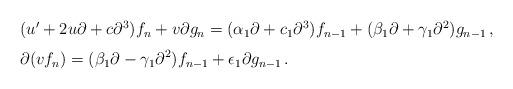
LaTeX: \begin{align*}\begin{array}{l}\displaystyle{\vphantom{\Big(}(u'+2u\partial+c\partial^3)f_n+v\partial g_n=(\alpha_1\partial+c_1\partial^3)f_{n-1}+(\beta_1\partial+\gamma_1\partial^2)g_{n-1}\,,} \\\displaystyle{\vphantom{\Big(}\partial(vf_n)=(\beta_1\partial-\gamma_1\partial^2)f_{n-1}+\epsilon_1\partial g_{n-1}\,.}\end{array}\end{align*}